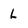
Character: L